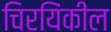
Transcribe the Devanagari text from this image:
चिरयिंकील